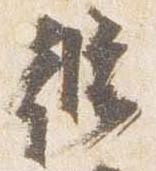
脩